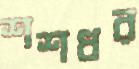
শশধর